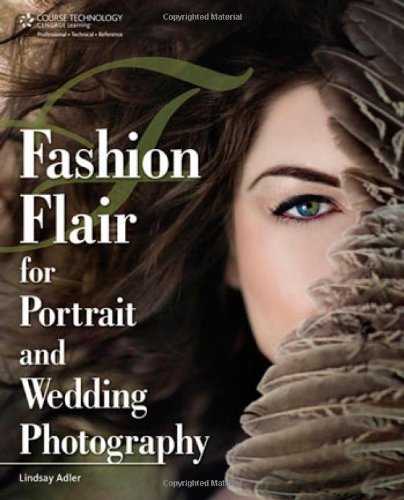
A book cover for Fashion Flair for Portrait and Wedding Photography; Lindsay Renee Adler; Crafts, Hobbies & Home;